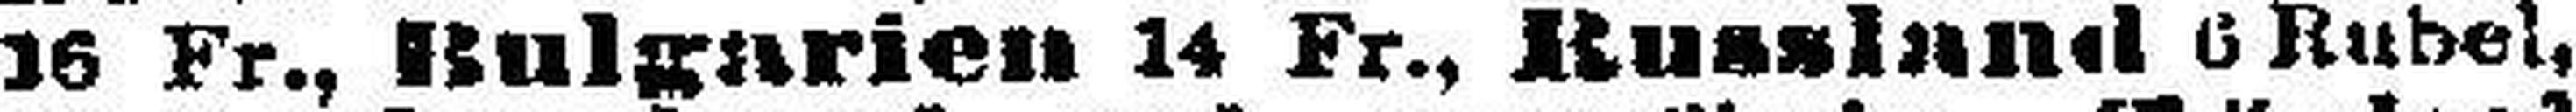
16 Fr., Bulgarien 14 Fr., Russland 6 Rubel,